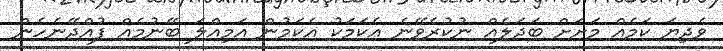
ވެދިޔަ ކަމެއް މަށަށް ބަދަލެއް ނުކުރެވޭނެ އެކަމަކު އެކަމުން އަމިއްލަ ބޭނުމެއް ފުއްދޭނެހެން